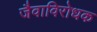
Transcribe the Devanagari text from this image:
जैवाविरोधक